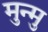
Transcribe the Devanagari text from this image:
मुन्मु